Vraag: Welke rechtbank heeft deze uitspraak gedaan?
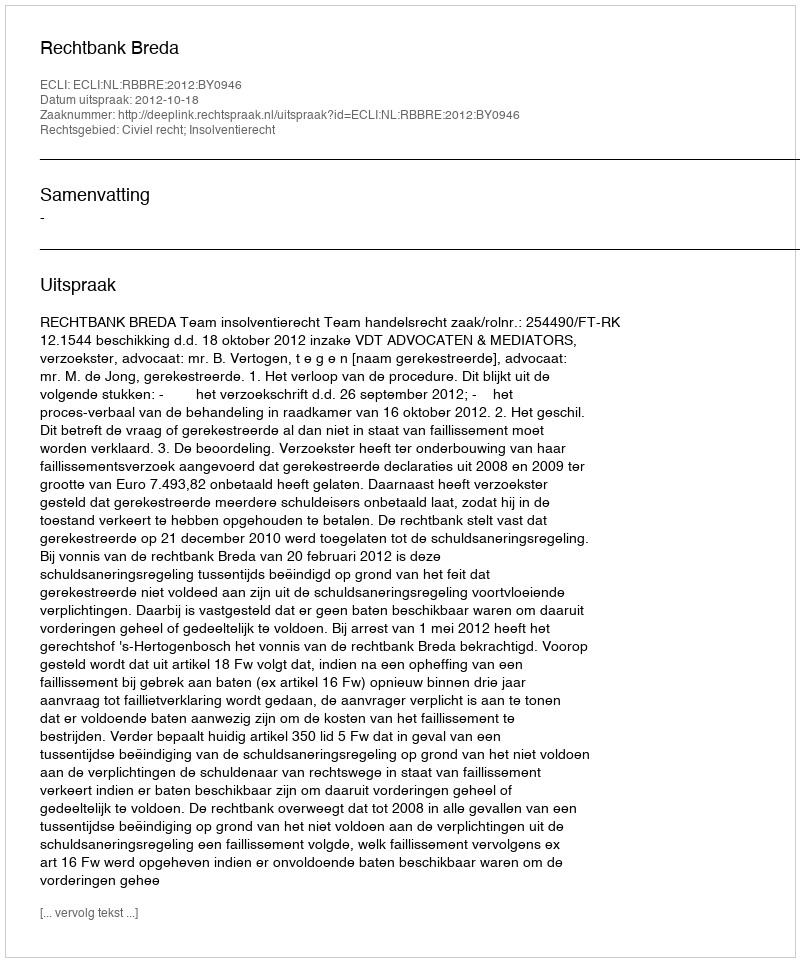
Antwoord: Rechtbank Breda